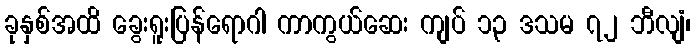
ခုနှစ်အထိ ခွေးရူးပြန်ရောဂါ ကာကွယ်ဆေး ကျပ် ၁၃ ဒသမ ၇၂ ဘီလျံ၊